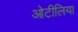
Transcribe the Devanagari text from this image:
ओटीलिया